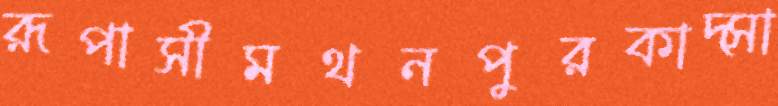
রূপাসীমথনপুরকাদ্সা